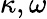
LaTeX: \kappa,\omega